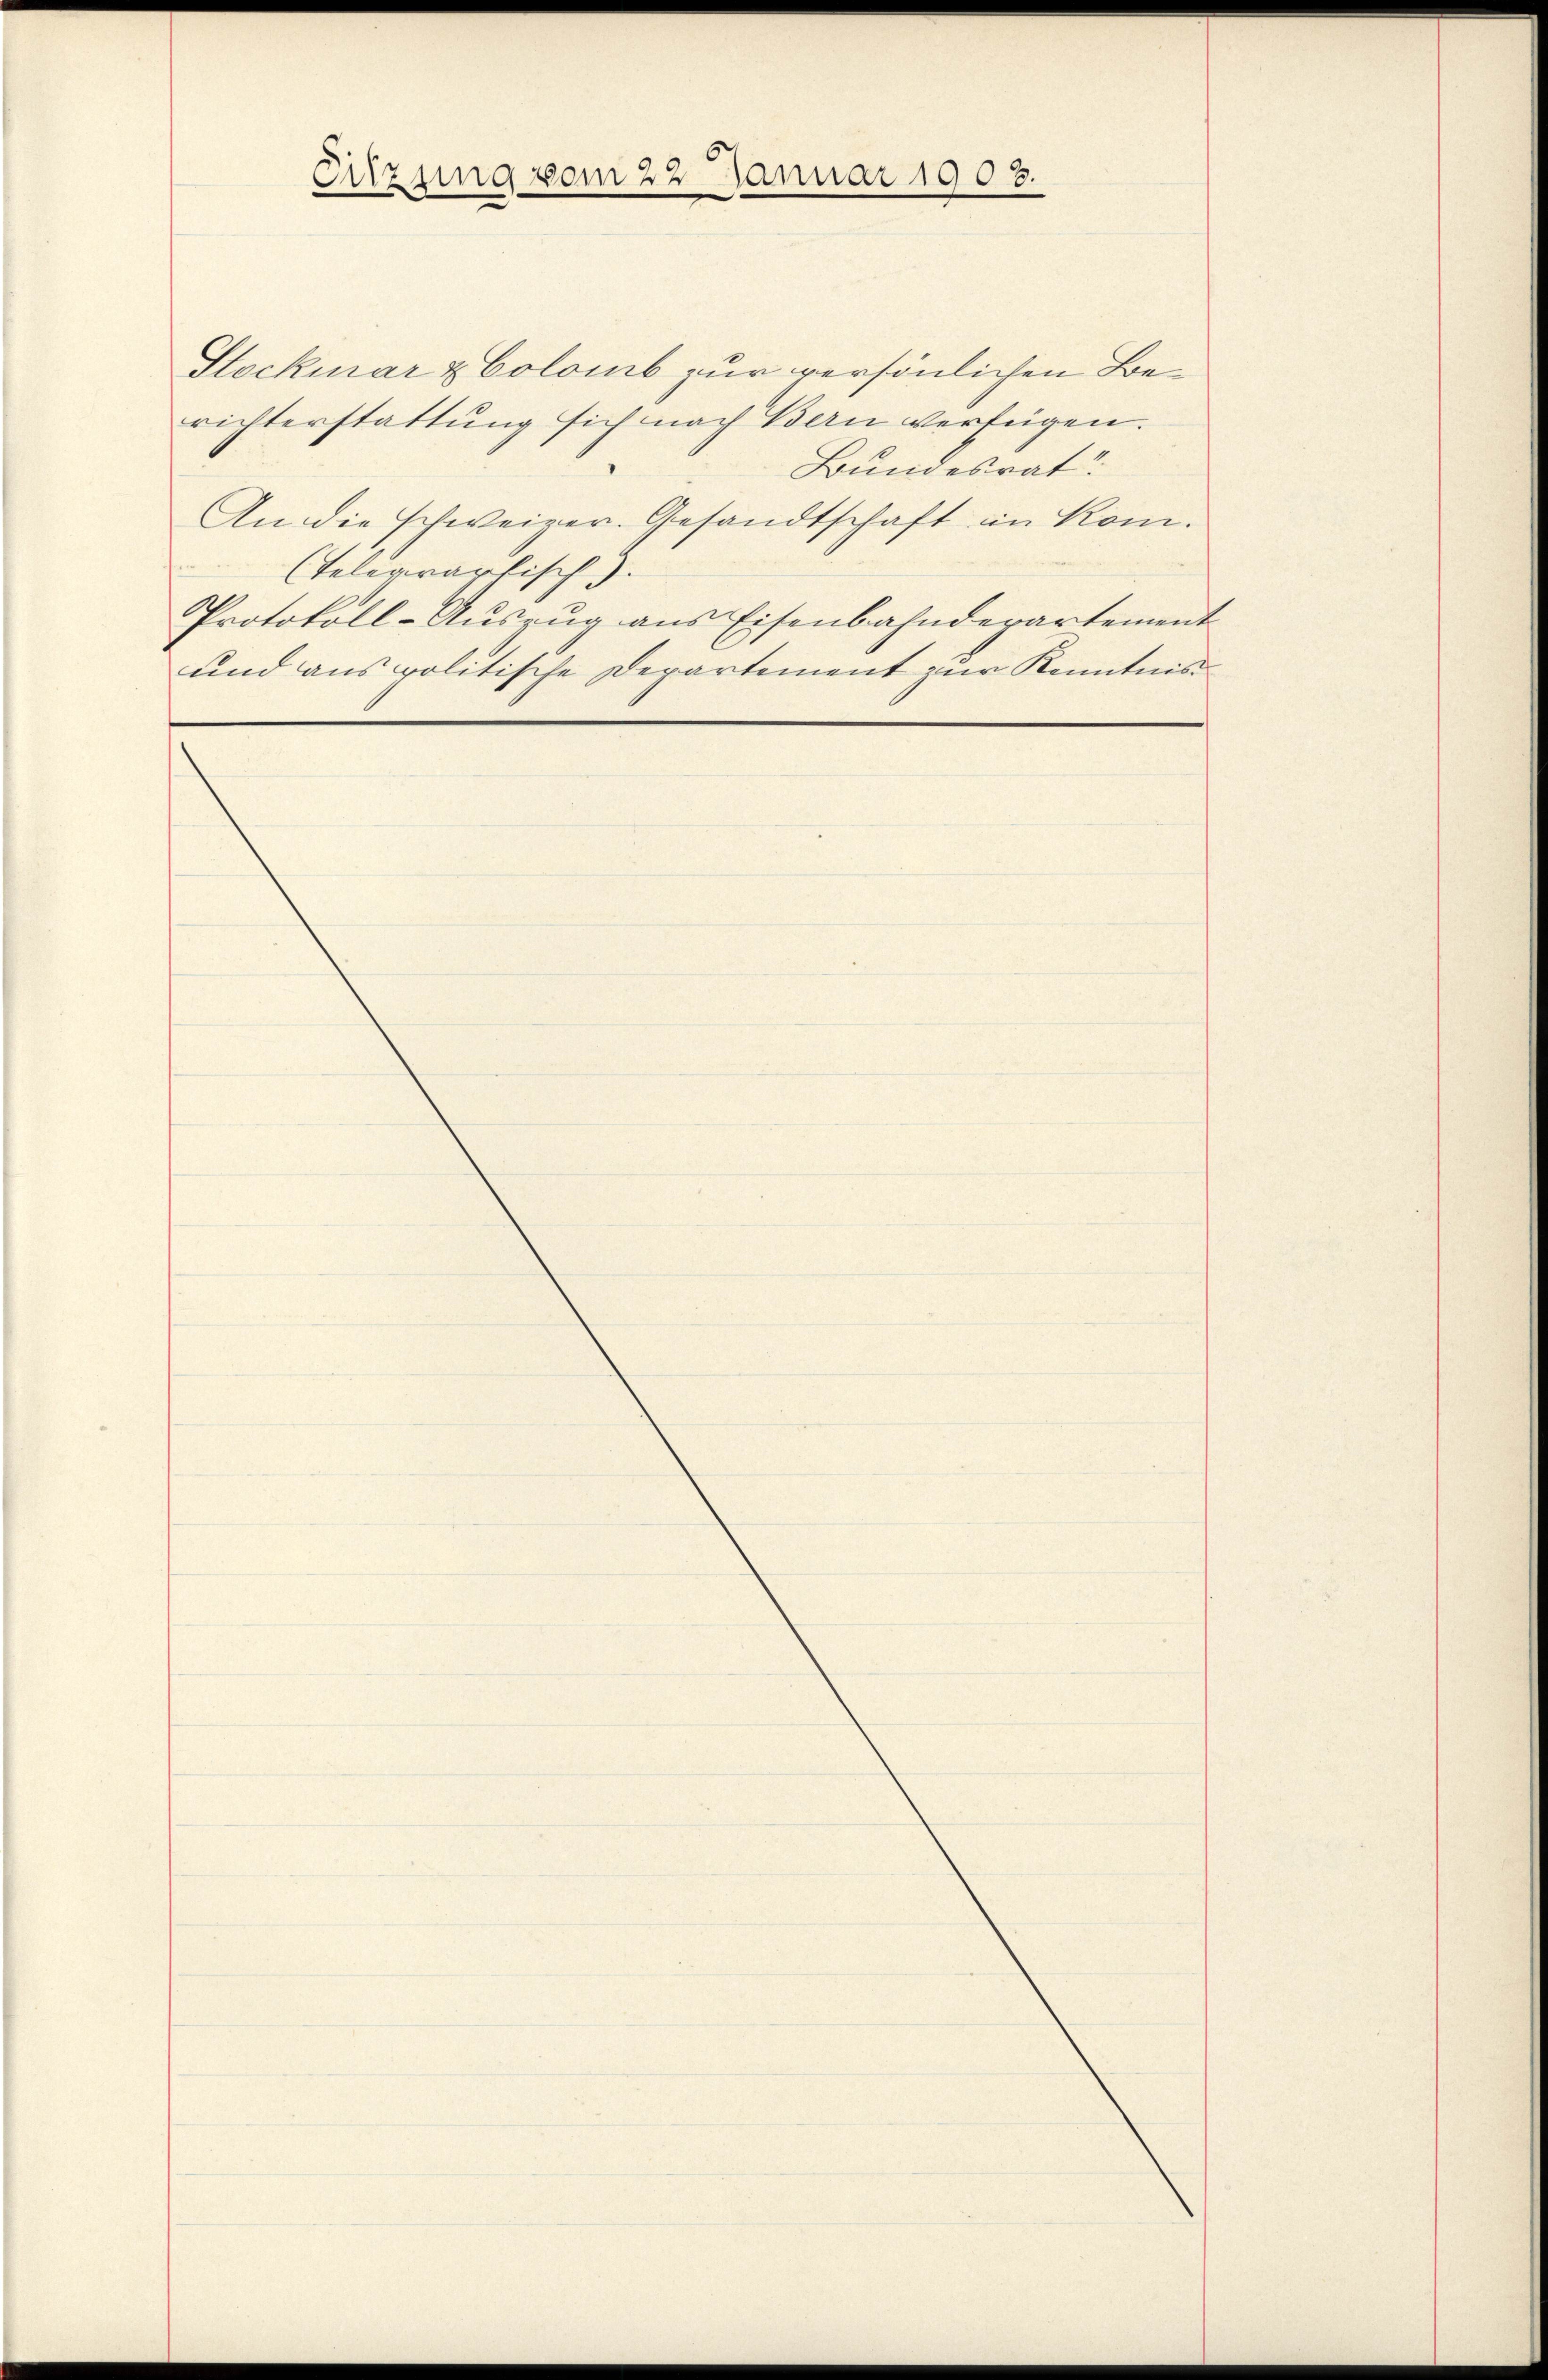
Sitzung vom 22 Januar 1903.

Stockmar & Colomb zur versönlichen Berichterstattung sich nach Bern verfügen.
Bundesrat
An die schweizer. Gesandtschaft in Kom¬
(Telegrartisch.
Protokoll-Auszug aus Eisenbahndepartement
und aus politische Departement zur Kenntnis¬